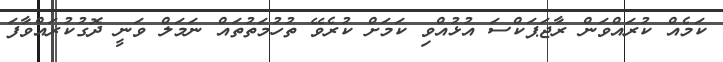
ކަމެއް ކުރައްވަން ރާޖަޕަކްސަ އުޅުއްވި ކަމަށް ކުރެވޭ ތުހުމަތުތައް ނަމަލް ވަނީ ދޮގުކުރައްވާފަ